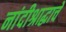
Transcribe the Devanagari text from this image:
नांदीश्राद्धाचें